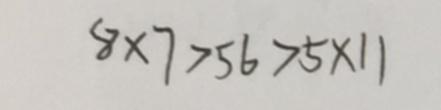
8 \times 7 > 5 6 > 5 \times 1 1